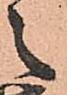
之